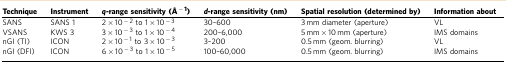
<table><thead><tr><td><b>Technique</b></td><td><b>Instrument</b></td><td><b><i>q</i>-range sensitivity (Å<sup>−1</sup>)</b></td><td><b><i>d</i>-range sensitivity (nm)</b></td><td><b>Spatial resolution (determined by)</b></td><td><b>Information about</b></td></tr></thead><tbody><tr><td>SANS</td><td>SANS 1</td><td>2 × 10<sup>−2</sup> to 1 × 10<sup>−3</sup></td><td>30–600</td><td>3 mm diameter (aperture)</td><td>VL</td></tr><tr><td>VSANS</td><td>KWS 3</td><td>3 × 10<sup>−3</sup> to 1 × 10<sup>−4</sup></td><td>200–6,000</td><td>5 mm × 10 mm (aperture)</td><td>IMS domains</td></tr><tr><td>nGI (TI)</td><td>ICON</td><td>2 × 10<sup>−1</sup> to 3 × 10<sup>−3</sup></td><td>3–200</td><td>0.5 mm (geom. blurring)</td><td>VL</td></tr><tr><td>nGI (DFI)</td><td>ICON</td><td>6 × 10<sup>−3</sup> to 1 × 10<sup>−5</sup></td><td>100–60,000</td><td>0.5 mm (geom. blurring)</td><td>IMS domains</td></tr></tbody></table>